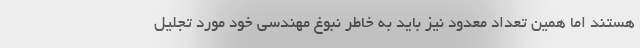
هستند اما همین تعداد معدود نیز باید به خاطر نبوغ مهندسی خود مورد تجلیل